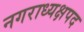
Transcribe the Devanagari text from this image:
नगराध्यक्षपद